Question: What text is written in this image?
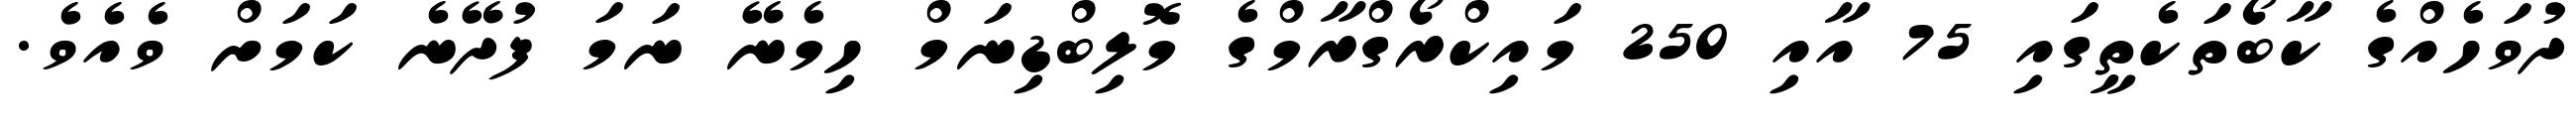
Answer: ދުވަހެއްގެ ކާބޯތަކެތީގައި 75 އާއި 250 މައިކްރޯގްރާމްގެ މޮލިބްޑިނަމް ހިމެނޭ ނަމަ ފުދޭނެ ކަމަށް ވެއެވެ.